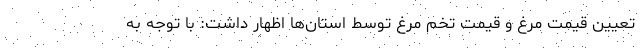
تعیین قیمت مرغ و قیمت تخم مرغ توسط استان‌ها اظهار داشت: با توجه به